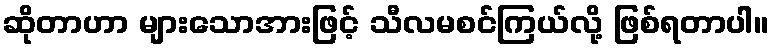
ဆိုတာဟာ များသောအားဖြင့် သီလမစင်ကြယ်လို့ ဖြစ်ရတာပါ။